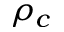
\rho _ { c }